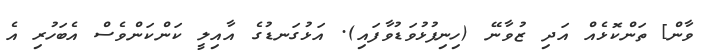
ވާން] ތަންކޮޅެއް އަދި ޒުވާނޭ (ހިނިފުޅުވަޑުވާފައި). އަޅުގަނޑުގެ އާއިލީ ކަންކަންވެސް އެބަހުރި އެ